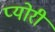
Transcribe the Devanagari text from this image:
प्योरी